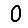
Digit: 0